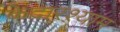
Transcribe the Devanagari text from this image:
केदारश्याम